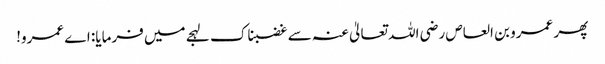
پھر عمرو بن العاص رضی اللہ تعالیٰ عنہ سے غضبناک لہجے میں فرمایا: اے عمرو!